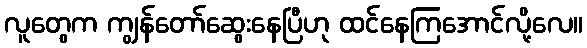
လူတွေက ကျွန်တော်ဆွေးနေပြီဟု ထင်နေကြအောင်လို့လေ။